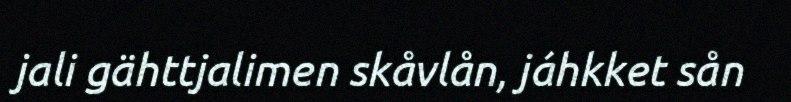
jali gähttjalimen skåvlån, jáhkket sån